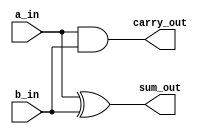
`timescale 1ns / 1ps
//////////////////////////////////////////////////////////////////////////////////
// Company: 
// Engineer: 
// 
// Design Name: 
// Module Name: ha
// Project Name: 
// Target Devices: 
// Tool Versions: 
// Description: 
// 
// Dependencies: 
// 
// Revision:
// Revision 0.01 - File Created
// Additional Comments:
// 
//////////////////////////////////////////////////////////////////////////////////


module ha(sum_out,carry_out,a_in,b_in);
input a_in,b_in;
output sum_out,carry_out;
assign sum_out=a_in ^ b_in;
assign carry_out=a_in & b_in;
endmodule